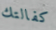
كفالتك